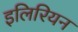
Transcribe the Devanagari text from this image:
इलिरियन